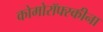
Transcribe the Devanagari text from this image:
कोमोरॉफ्स्कीना